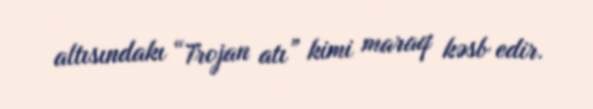
altısındakı “Trojan atı” kimi maraq kəsb edir.